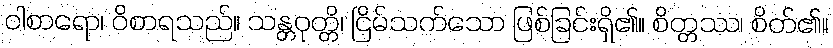
ဝါစာရော၊ ဝိစာရသည်။ သန္တဝုတ္တိ၊ ငြိမ်သက်သော ဖြစ်ခြင်းရှိ၏။ စိတ္တဿ၊ စိတ်၏။